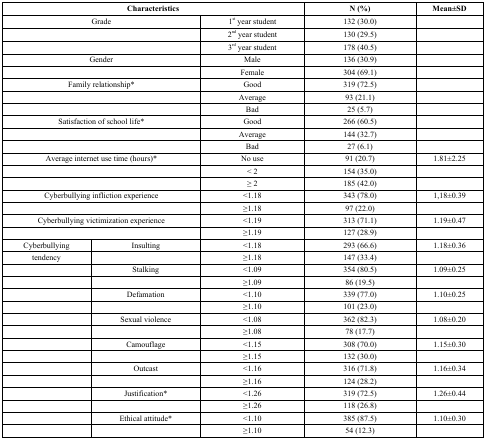
<table><thead><tr><td colspan="3"><b>Characteristics</b></td><td><b>N (%)</b></td><td><b>Mean±SD</b></td></tr></thead><tbody><tr><td colspan="2">Grade</td><td>1<sup>st</sup> year student</td><td>132 (30.0)</td><td></td></tr><tr><td colspan="2"></td><td>2<sup>nd</sup> year student</td><td>130 (29.5)</td><td></td></tr><tr><td colspan="2"></td><td>3<sup>rd</sup> year student</td><td>178 (40.5)</td><td></td></tr><tr><td colspan="2">Gender</td><td>Male</td><td>136 (30.9)</td><td></td></tr><tr><td colspan="2"></td><td>Female</td><td>304 (69.1)</td><td></td></tr><tr><td colspan="2">Family relationship*</td><td>Good</td><td>319 (72.5)</td><td></td></tr><tr><td colspan="2"></td><td>Average</td><td>93 (21.1)</td><td></td></tr><tr><td colspan="2"></td><td>Bad</td><td>25 (5.7)</td><td></td></tr><tr><td colspan="2">Satisfaction of school life*</td><td>Good</td><td>266 (60.5)</td><td></td></tr><tr><td colspan="2"></td><td>Average</td><td>144 (32.7)</td><td></td></tr><tr><td colspan="2"></td><td>Bad</td><td>27 (6.1)</td><td></td></tr><tr><td colspan="2">Average internet use time (hours)*</td><td>No use</td><td>91 (20.7)</td><td>1.81±2.25</td></tr><tr><td colspan="2"></td><td>&lt; 2</td><td>154 (35.0)</td><td></td></tr><tr><td colspan="2"></td><td>≥ 2</td><td>185 (42.0)</td><td></td></tr><tr><td colspan="2">Cyberbullying infliction experience</td><td>&lt;1.18</td><td>343 (78.0)</td><td>1,18±0.39</td></tr><tr><td colspan="2"></td><td>≥1.18</td><td>97 (22.0)</td><td></td></tr><tr><td colspan="2">Cyberbullying victimization experience</td><td>&lt;1.19</td><td>313 (71.1)</td><td>1.19±0.47</td></tr><tr><td colspan="2"></td><td>≥1.19</td><td>127 (28.9)</td><td></td></tr><tr><td>Cyberbullying</td><td>Insulting</td><td>&lt;1.18</td><td>293 (66.6)</td><td>1.18±0.36</td></tr><tr><td>tendency</td><td></td><td>≥1.18</td><td>147 (33.4)</td><td></td></tr><tr><td></td><td>Stalking</td><td>&lt;1.09</td><td>354 (80.5)</td><td>1.09±0.25</td></tr><tr><td></td><td></td><td>≥1.09</td><td>86 (19.5)</td><td></td></tr><tr><td></td><td>Defamation</td><td>&lt;1.10</td><td>339 (77.0)</td><td>1.10±0.25</td></tr><tr><td></td><td></td><td>≥1.10</td><td>101 (23.0)</td><td></td></tr><tr><td></td><td>Sexual violence</td><td>&lt;1.08</td><td>362 (82.3)</td><td>1.08±0.20</td></tr><tr><td></td><td></td><td>≥1.08</td><td>78 (17.7)</td><td></td></tr><tr><td></td><td>Camouflage</td><td>&lt;1.15</td><td>308 (70.0)</td><td>1.15±0.30</td></tr><tr><td></td><td></td><td>≥1.15</td><td>132 (30.0)</td><td></td></tr><tr><td></td><td>Outcast</td><td>&lt;1.16</td><td>316 (71.8)</td><td>1.16±0.34</td></tr><tr><td></td><td></td><td>≥1.16</td><td>124 (28.2)</td><td></td></tr><tr><td></td><td>Justification*</td><td>&lt;1.26</td><td>319 (72.5)</td><td>1.26±0.44</td></tr><tr><td></td><td></td><td>≥1.26</td><td>118 (26.8)</td><td></td></tr><tr><td></td><td>Ethical attitude*</td><td>&lt;1.10</td><td>385 (87.5)</td><td>1.10±0.30</td></tr><tr><td></td><td></td><td>≥1.10</td><td>54 (12.3)</td><td></td></tr></tbody></table>